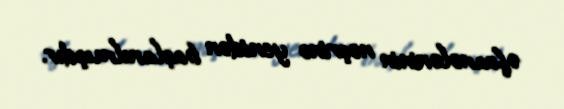
əfsanələrinin nəşrinə yenidən başlanılmışdır.